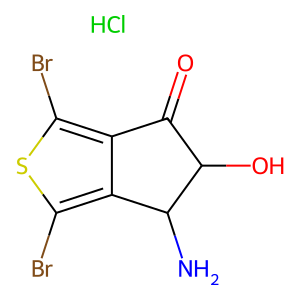
SMILES: Cl.NC1c2c(Br)sc(Br)c2C(=O)C1O
Inhibits HIV replication: No